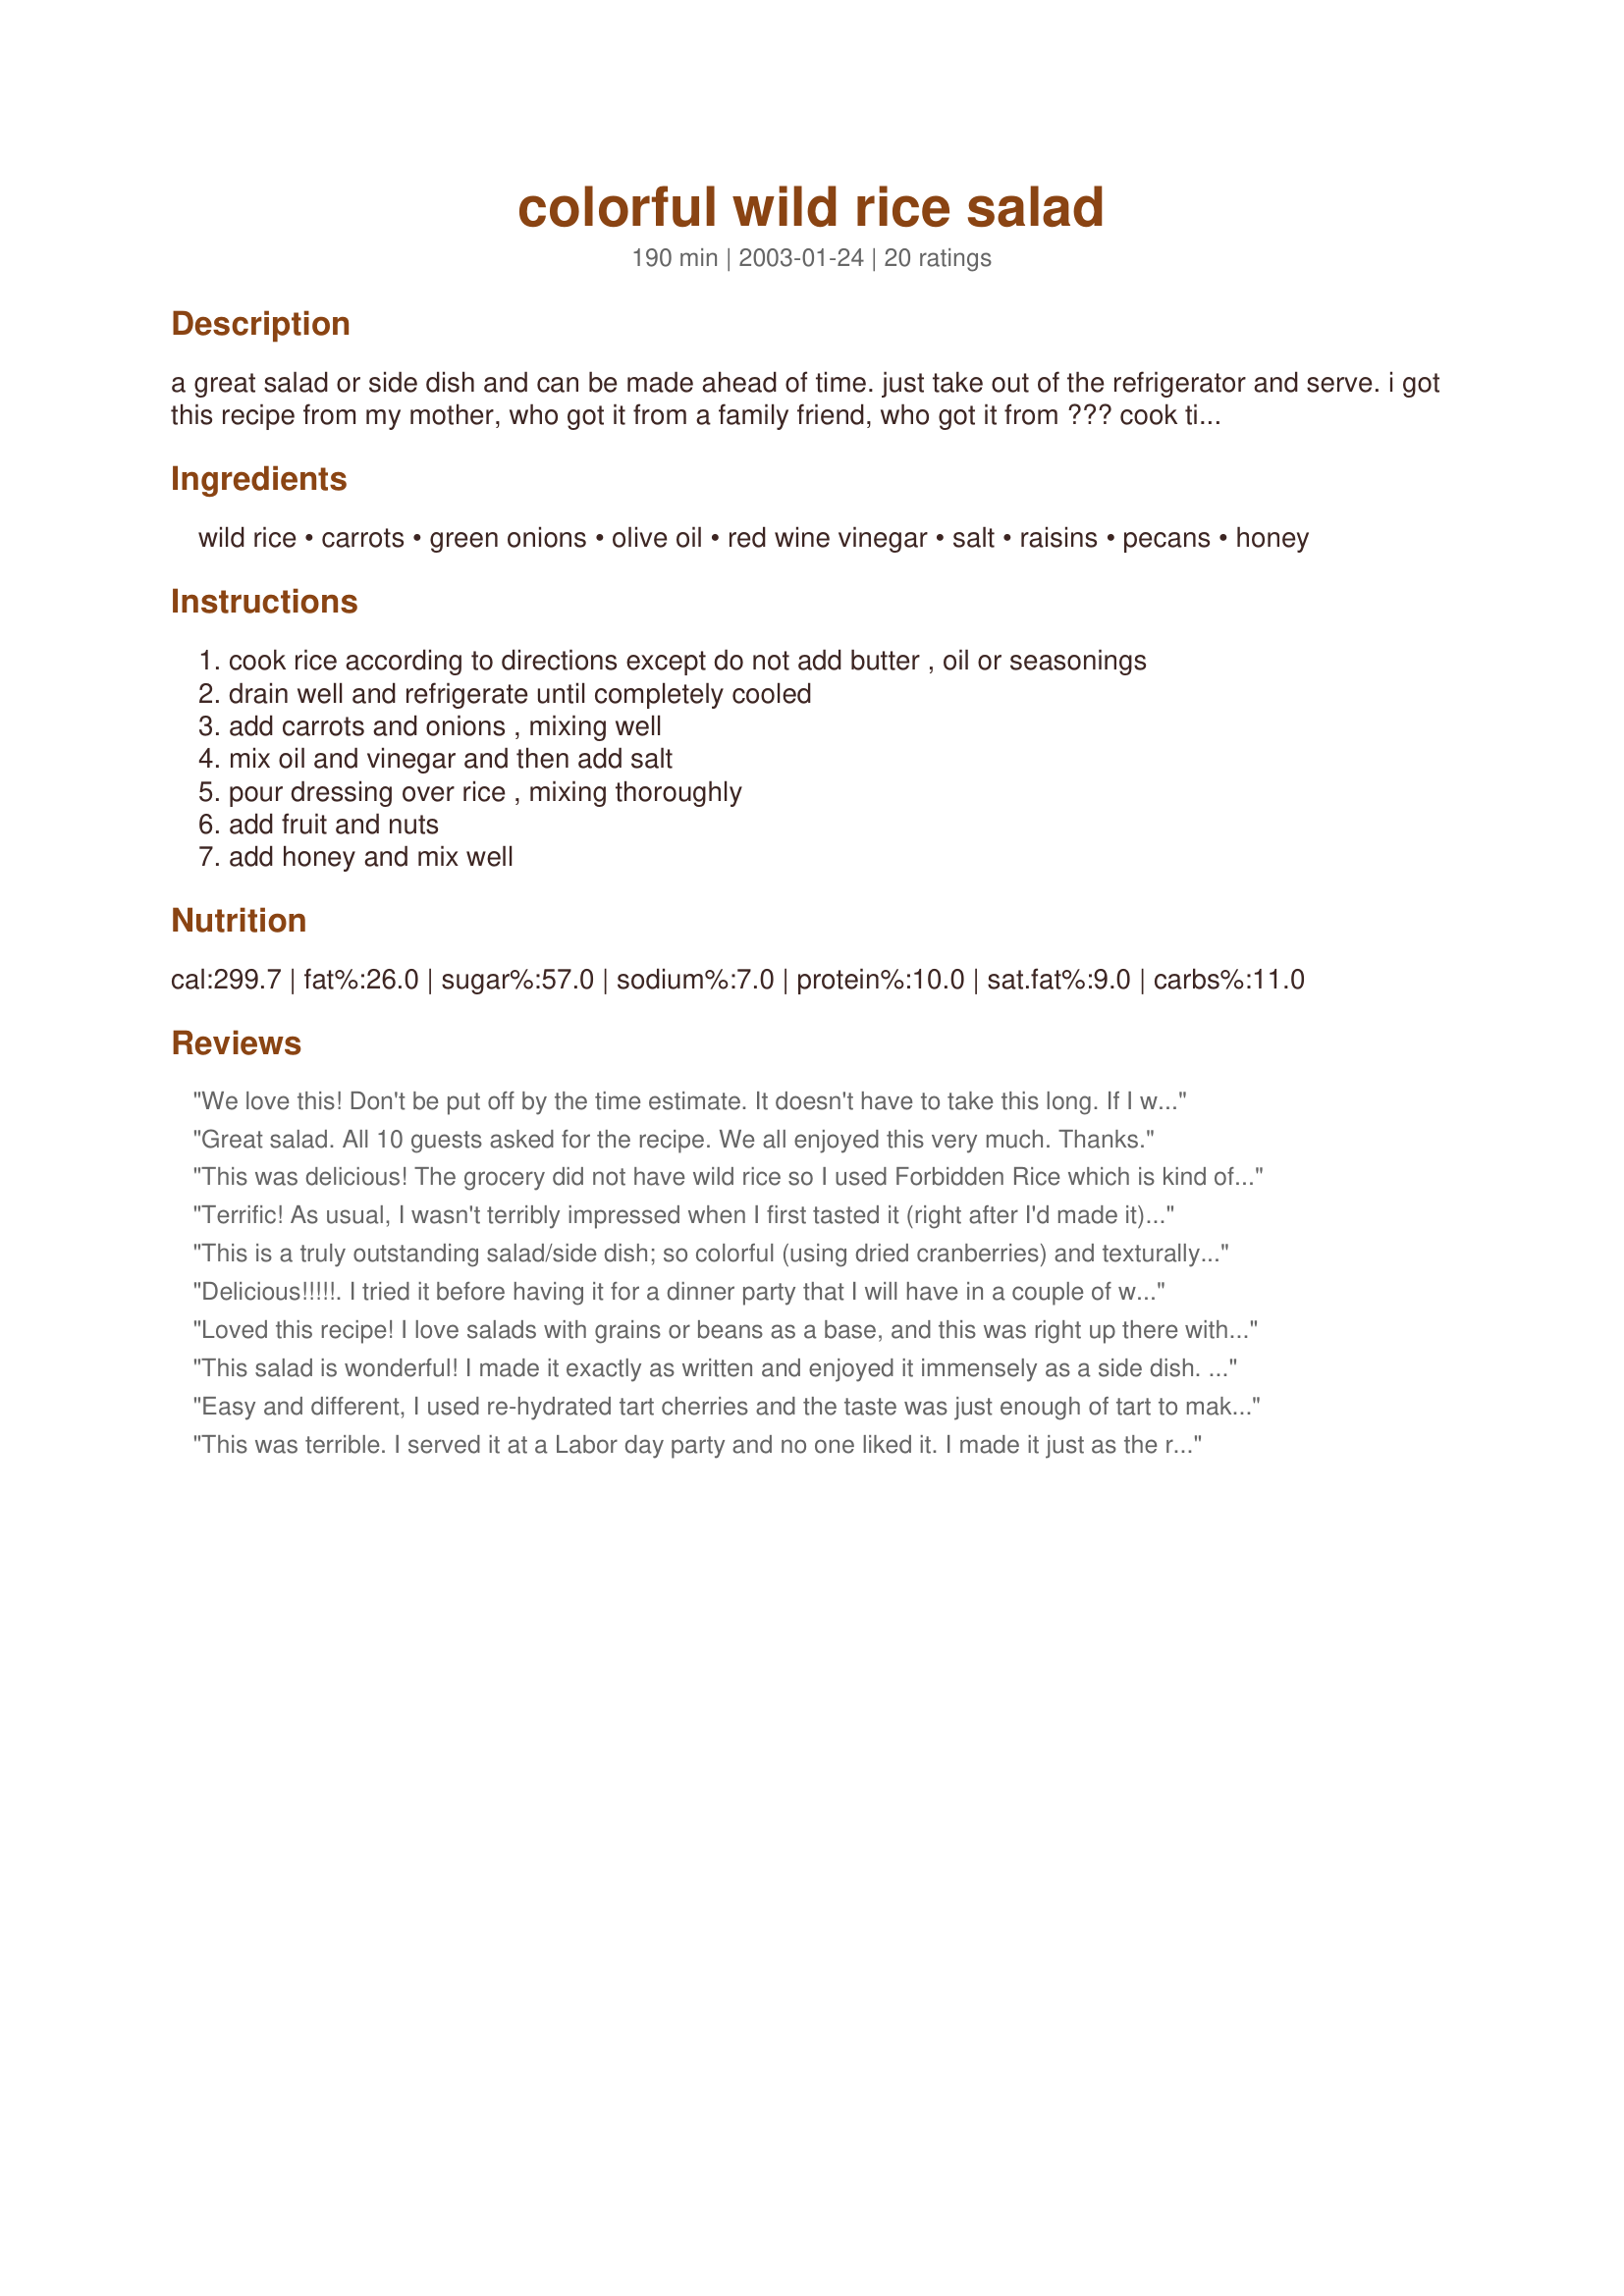
colorful wild rice salad
Preparation time: 190 minutes

a great salad or side dish and can be made ahead of time. just take out of the refrigerator and serve. i got this recipe from my mother, who got it from a family friend, who got it from ??? cook time includes refrigerator time (estimated).

Ingredients:
wild rice, carrots, green onions, olive oil, red wine vinegar, salt, raisins, pecans, honey

Steps:
cook rice according to directions except do not add butter , oil or seasonings, drain well and refrigerate until completely cooled, add carrots and onions , mixing well, mix oil and vinegar and then add salt, pour dressing over rice , mixing thoroughly, add fruit and nuts, add honey and mix well

Reviews:
We love this! Don't be put off by the time estimate. It doesn't have to take this long. If I want to speed it up a bit I spread the cooked rice out in a pan so it will cool faster. And it really doesn't hurt anything if it's not totally cool before mixing, though you do want to chill it before you eat it (it's better after it sits a bit, anyway). I also use pre-shredded carrots and packaged slivered almonds, which makes the prep really simple and quick. I'm thinking about adding cooked lentils sometime; I think the flavor would go nicely.
Great salad. All 10 guests asked for the recipe. We all enjoyed this very much. Thanks.
This was delicious! The grocery did not have wild rice so I used Forbidden Rice which is kind of purple - that made it really colorful!!! The texture and taste were similar so all was fine. Everyone asked for your recipe and I was happy to share it. This would be great for my gluten free friends instead of pasta salad - or a potluck. Thank you!
Terrific! As usual, I wasn't terribly impressed when I first tasted it (right after I'd made it). I checked it again just now, several hours after it has been refrigerated, and it's wonderful -- the flavors have blended beautifully. I made it exactly as written, using a half cup of dried cranberries and a half cup of raisins. The only change was to use cashews, just 'cause that's what was on hand. This is a lovely autumn side dish, and I'll definitely make it again. Thanks for posting it!
This is a truly outstanding salad/side dish; so colorful (using dried cranberries) and texturally interesting, not to mention addictively delicious. Only change I will make next time is to use 6T each of the oil and vinegar. I'd prefer the rice a bit more moist.Along with blackeye peas this made a great New Year's Day prosperity guarantee and I'm looking forward to enjoying it in the heat of summer as well.
Delicious!!!!!. I tried it before having it for a dinner party that I will have in a couple of weeks. It will be on my salad table for sure. It will be nice to prepare the day before. I can't wait to serve it. Thank-you!!!! Dottie
Loved this recipe! I love salads with grains or beans as a base, and this was right up there with the best of them. I plumped the cherries in warm water as the rice cooled, used pecans for the nuts, and made the recipe exactly as specified. Thanks so much for posting! Yummmy!
This salad is wonderful! I made it exactly as written and enjoyed it immensely as a side dish. It was colorful and added to the variety of salads and side dishes prepared for our New Years get-together. Everyone was asking about it and I have several requests for the recipe. Definitely a keeper! Thanks for sharing!
Easy and different, I used re-hydrated tart cherries and the taste was just enough of tart to make it a refreshing, but different side to our shrimp dinner. Glad I could make it the day before so it was one thing I didn't have to worry about as we had company over. It not only tasted good but looked so pretty.
This was terrible. I served it at a Labor day party and no one liked it. <br/>I made it just as the recipe stated. I'm shocked that it has so many good ratings.<br/>Maybe it is a good recipe IF you like wild rice salad-- and none of my guests did?<br/>Not sure-- I am puzzled, but can only say Yuck.
This was very good. To save on time, I used those new Uncle Ben's "rice in a pouch" side dishes. I used crasins, and decided to use raspberry vinegar instead of red wine. This is a very healthy, good-carb side dish!
My oh my oh my!! Ducky, thank you so much for suggesting this recipe for the funeral I was in charge of food for. I made a double recipe of this and it was the MOST popular dish by farrrr... it went so fast people were complaining to me that they didn't get any and had heard such great things about it! This was delicious to say the least. I will be making this over and over and over... I have already promised several people I would bring this to their homes the next time I come over. I cannot thank you enough for this awesome recipe, and for being kind enough to suggest it in response to my funeral recipe plea. This would not have been more perfect!
Dianne
What a great recipe. I was looking for something with wild rice and veggies and decided to try this. I'm so glad I did. So tasty! It would definitely lend itself to more veggies is you want, or you could serve it on a bed of greens. Love the texture of the wild rice and the dressing is perfect. Thanks for posting, I'm adding it to my best of 2013 cookbook.
Fresh & colorful, I added celery & yellow pepper. I made it the night before for a potluck. Many, many compliments on this salad. Thank you for sharing-Delicious!!!
What a beautiful salad! I have made it twice now to rave reviews. The first time it accompanied a Minnesota dinner of fresh caught Walleye and fresh picked Morel mushrooms. I added a stalk of diced celery both times and the second time also added some diced yellow pepper. I used dried cranberries for the fruit and a mix of walnuts and almonds for the nuts. The first time I used the honey in the dressing and the second time I left it out and didn't notice a difference. The salad was easy to make, very pretty to look at and the flavors went well together with no one thing over powering the others. I was afraid the nuts would get soggy with sitting but they didn't. Will definitely make this again.
Excellent!!! I took it to a pitch in dinner and everyone raved about it. Easy to make, very elegant. Will become a regular for our family.
The red wine vinegar and wild rice was a great taste combination. I did not know if you meant 1-cup dry or cooked wild rice. So I cooked a 4-ounce box of rice, which after being cooked was 1 1/2 cups. I put everything together the night before but waited until it was time to serve to add the nuts. The raisins plumped up nicely since I made it the night before. Next time I want to make this using the dried cherries. Thank you Ducky, I will be taking this too many family gathering to come!!
Made this last night for a potluck, and it turned out great! I doubled the recipe for a larger crowd and used dried cherries and almonds in place of the nuts. It was a crowd-pleasing hit and will definitely make this again!
Fabulous salad. Everyone wants your recipe. I didn't change a thing.
Love it. Used an "Exotic Rice Blend" with a combination of wild and red rice. Delicious and so simple.
